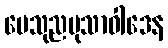
ပေသုညမုသာဝါဒေန